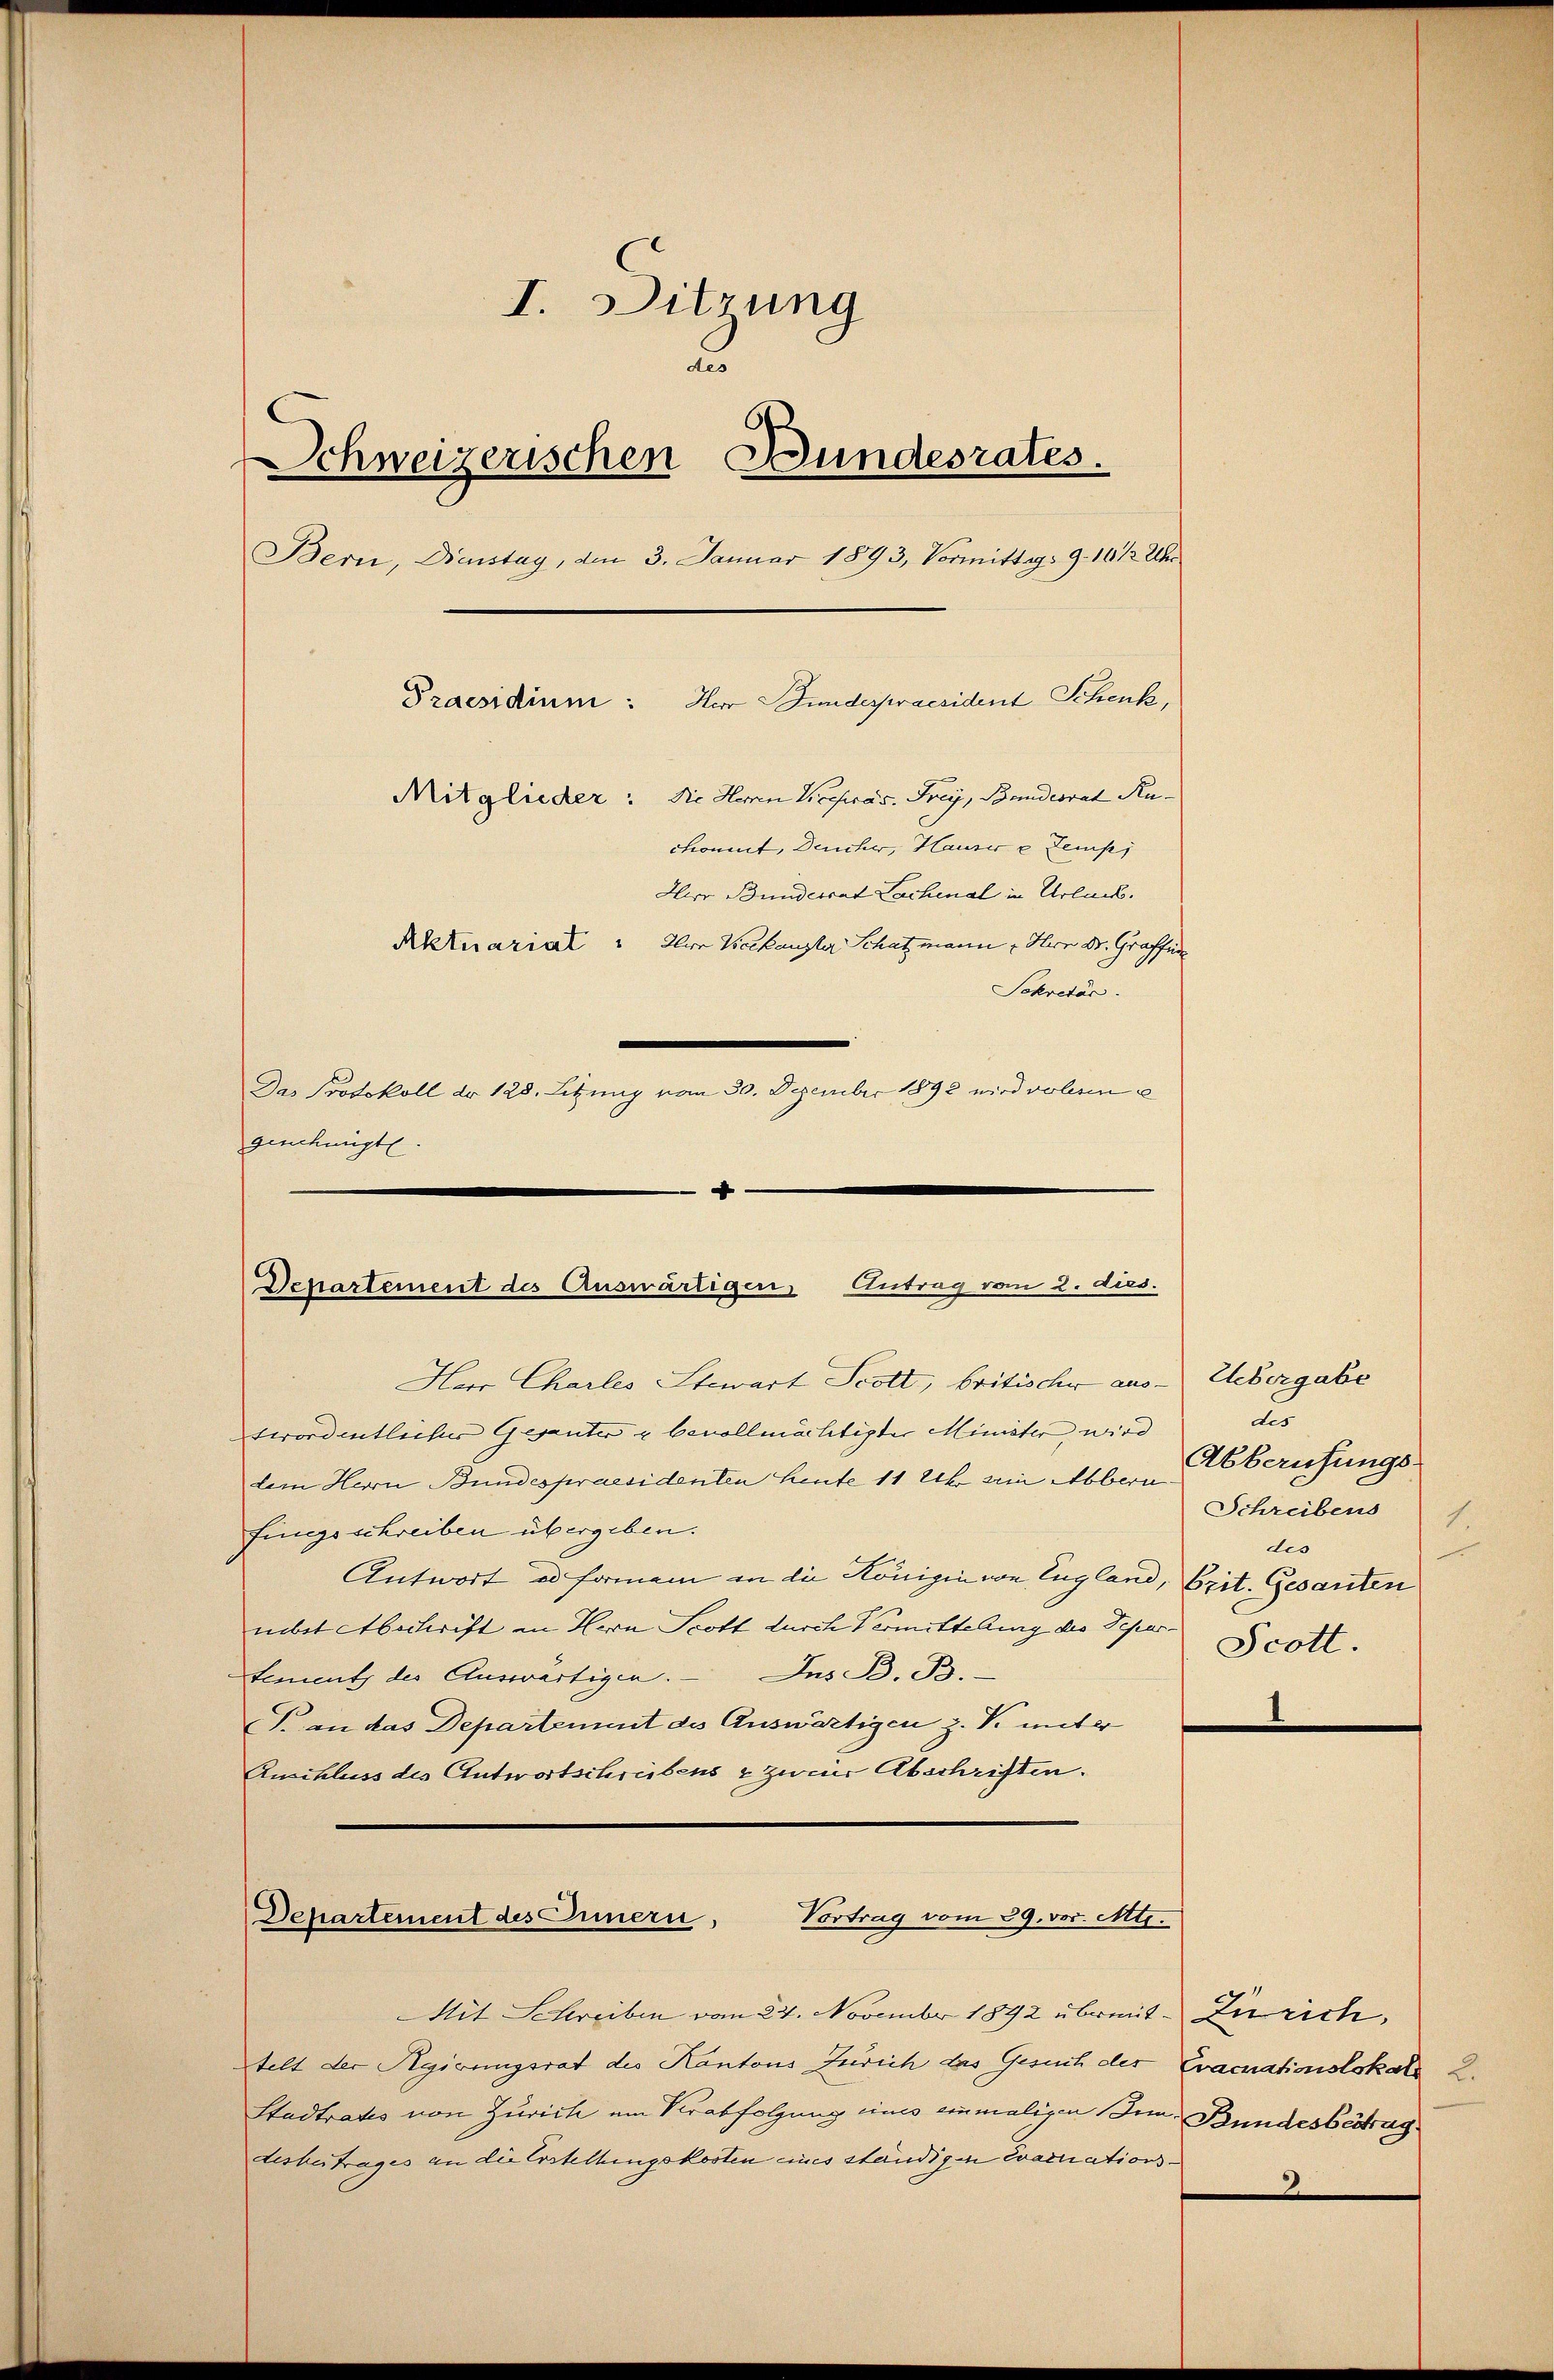
I. Sitzung
u
d
Schweizerischen Bundesrates.
Bern, Dienstag, den 3. Januar 1893, Vormittag. 9. 16 1/2 Uhr
Praesidium: Her Bundespraesident Schenk,
Mitglieder: die Herren Vicepräs. Frey, Pandesrat Ruckomit, Deucher, Hauser u Temp
Arr Bundesrat Lachenal in Urlack.
Aktuariat. Ihre Verhauster Schatzmann Herr Dr. Graffun
Sekretär.
Das Protokoll dr 128. Letzung vom 30. Dezember 1892 wird volerin e
genehmigt.

Desartement des Auswärtigen Antrag vom 2. dies.
Har Charles Stewart Scott, britischer aus - Uebergabe

terordentliches Gesanter u bevollmächtigter Minister wird
dem Herrn Bundespraesidenten Leute 11 Uhr ein Abbern
fingsschreiben übergeben.
Antwort u. Formen in die Königin von England, Crit. Gesanten
mbet Abschrift in Hern Scott durch Vermittelung des Depar¬
Ins B. B.
tement des Auswärtigen.
T. an das Departement des Auswärtigen z. V. unter
Anschluss des Antwortschreibens & zu mir Abschriften.

Mit Schreiben vom 24. November 1892 übereit. Zürich,
telt der Regirungsrat des Kantons Zürich das Gesuch der Evacuationslokals 2.
Stadtrates von Zürich am Verabfolgung eines einmaligen Inn Bundesbeitrag
Lesbeitrages an die Erstellungskosten eines ständigen Evacuations¬

Vortrag vom 29. vor. Mts.
Departement des Innern,

des
Abberufungs
Schreibens
1
dis
Scott.